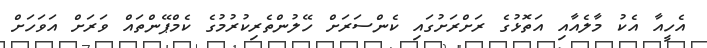
އެހީއާ އެކު މާލެއާއި އަތޮޅުގެ ރަށްރަށުގައި ކެންސަރަށް ހޭލުންތެރިކުރުމުގެ ކެމްޕޭންތައް ވަރަށް އަވަހަށް